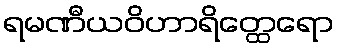
ရမဏီယဝိဟာရိတ္ထေရော